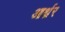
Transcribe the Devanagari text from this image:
आर्थ्रर